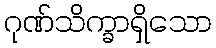
ဂုဏ်သိက္ခာရှိသော